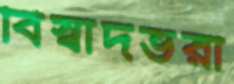
বিস্বাদভরা